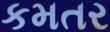
કમતર